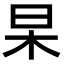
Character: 杲